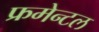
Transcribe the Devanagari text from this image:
फ्रमेन्टल